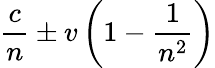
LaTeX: {\frac{c}{n}}\pm v\left(1-{\frac{1}{n^{2}}}\right)